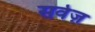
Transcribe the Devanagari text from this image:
सर्वेज़